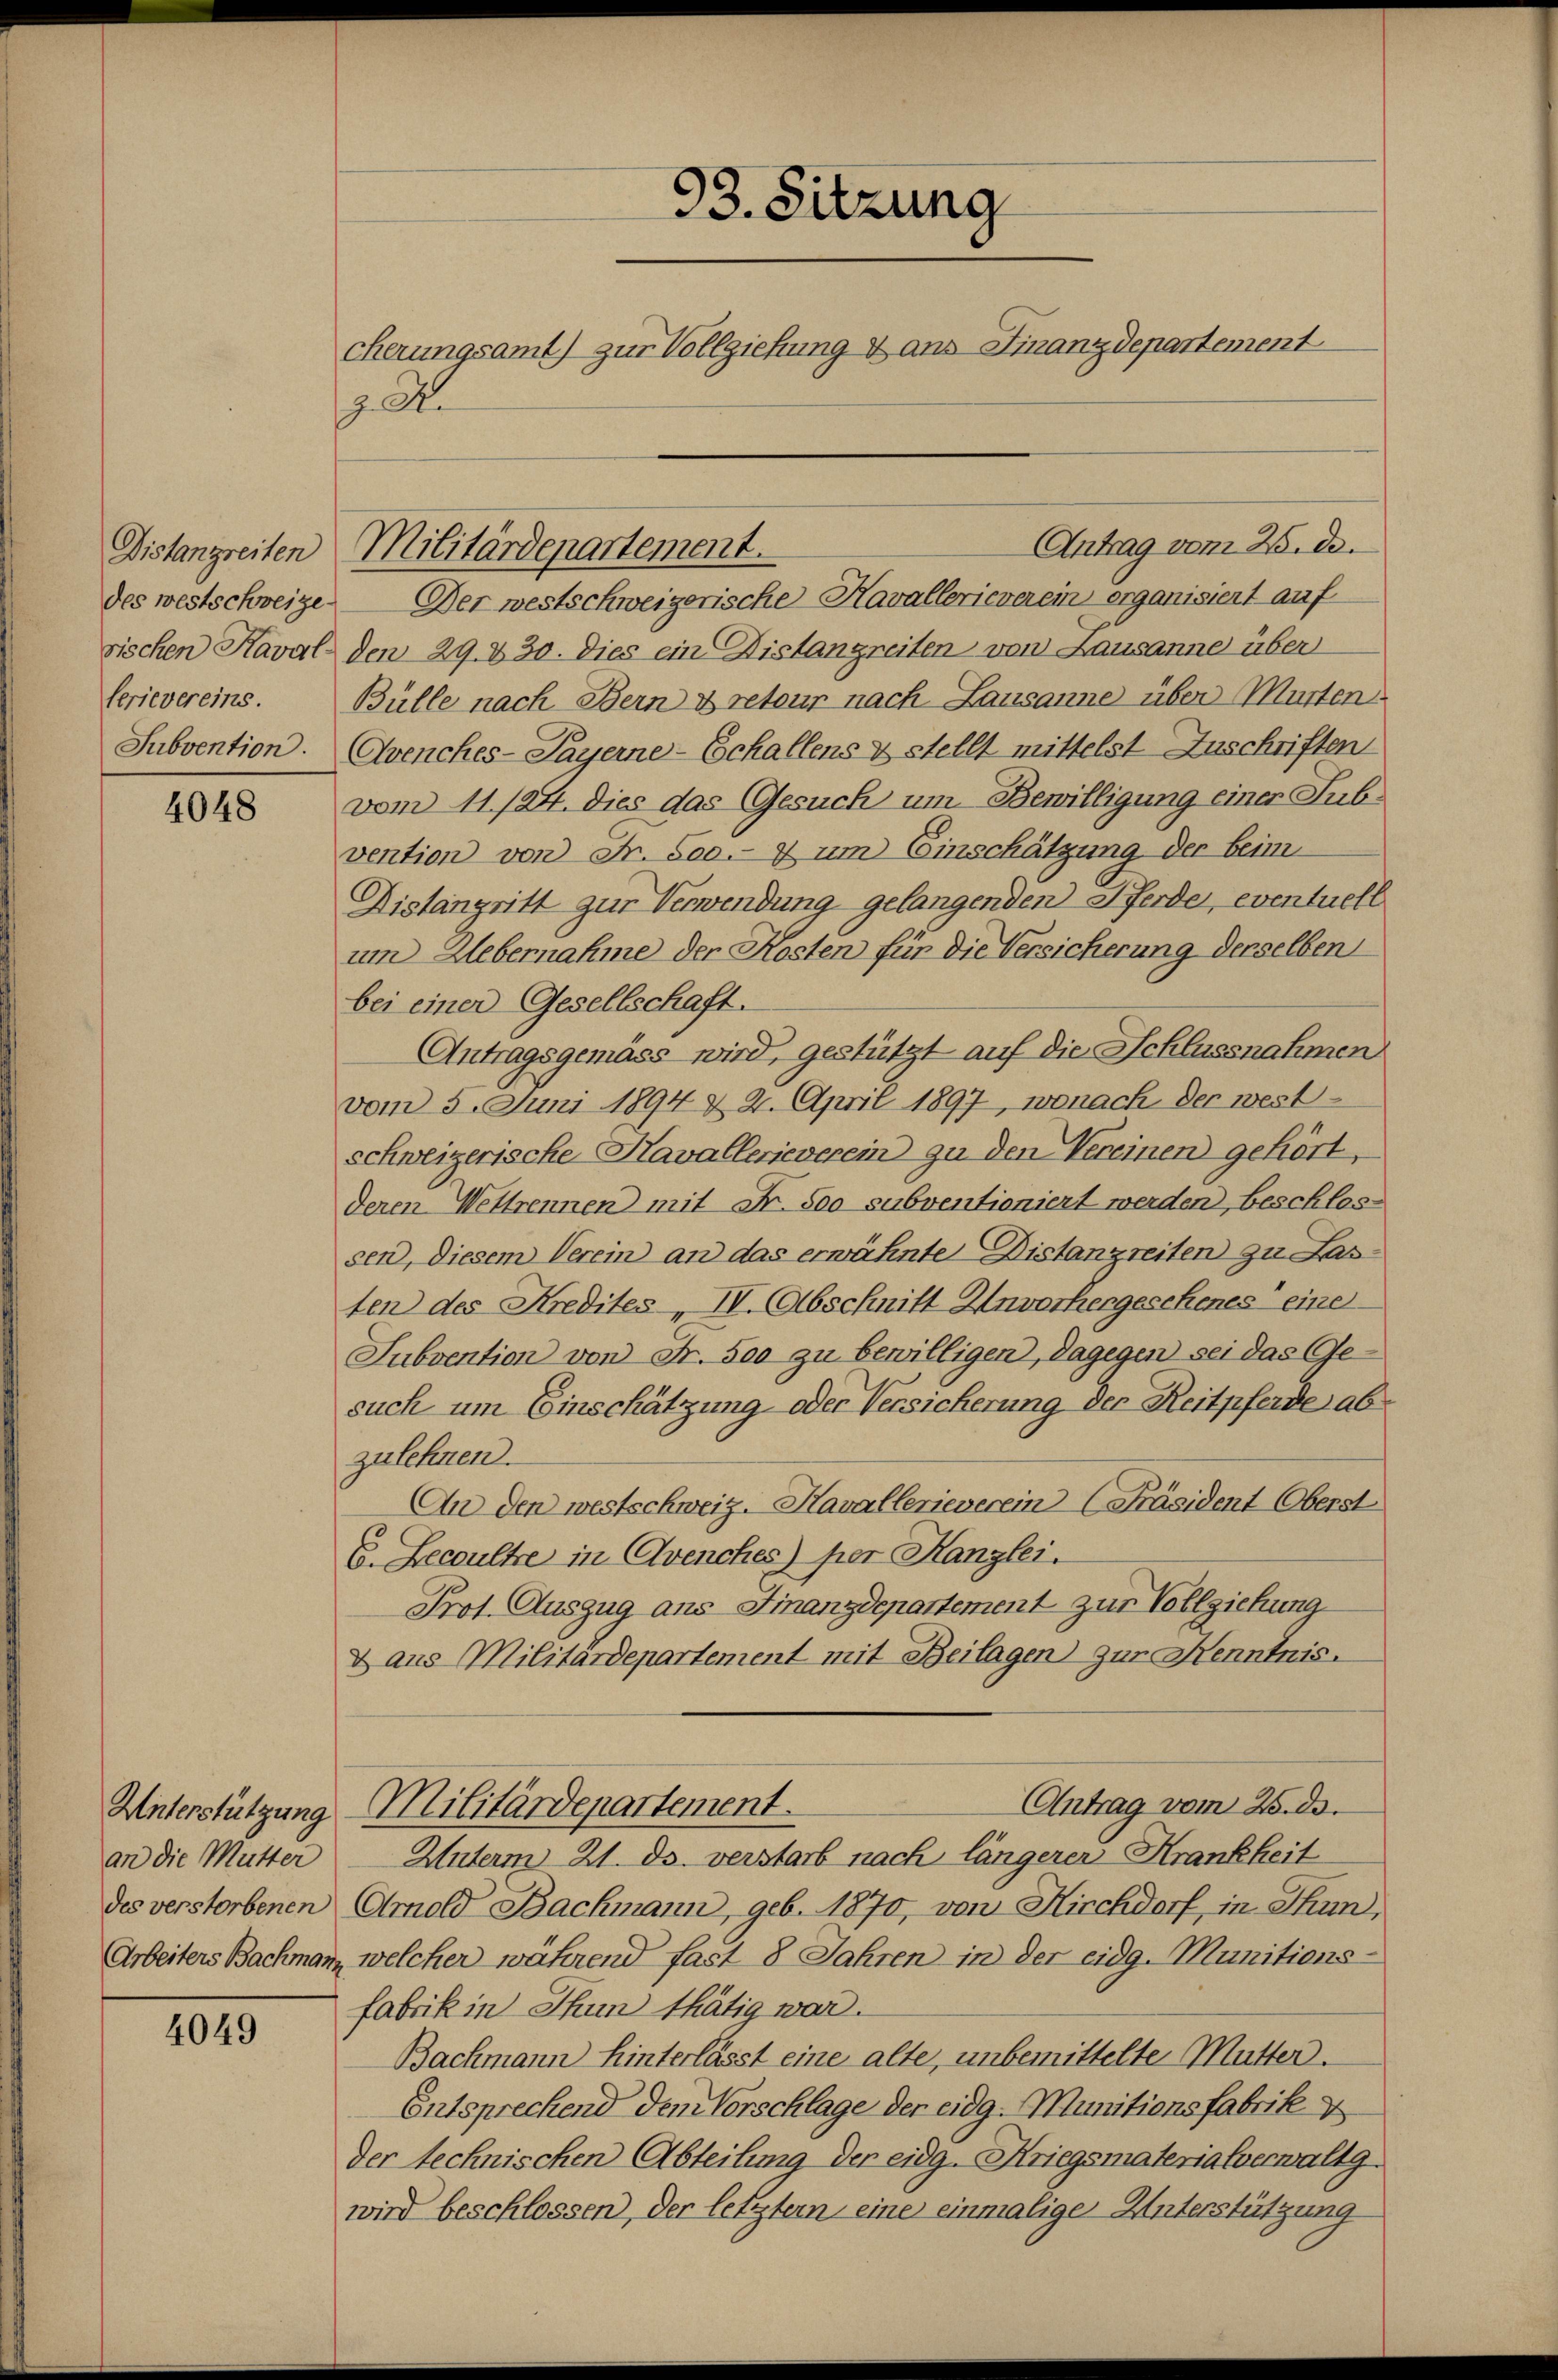
sischen Kaval-
ferievereins.
Subvention.

4048

an die Mutter

4049

93. Sitzung
cherungsamt) zur Vollziehung & aus Finanzdepartement
.

des westschweige. Der westschweizerische Havallerieverein erganisiert auf
den 29. 430. Dies ein Distangreiten von Lausanne über
Bülle nach Bern & retour nach Lausanne über Murten
Avenches-Payerne-Echallens & stellt mittelst Zuschriften
vom 11./24. dies das Gesuch um Bewilligung einer Subvention von Fr. 500.- 7 um Einschätzung der beim
Distangritt zur Verwendung gelangenden Pferde, eventuell
um Uebernahme der Kosten für die Versicherung derselben
bei einer Gesellschaft.
Antragsgemäss wird, gestützt auf die Schlussnahmen
vom 5. Juni 1894 & 2. April 1897, wonach der westschweizerische Kavallerieverein zu den Vereinen gehört,
deren Wettrennen mit Fr. 500 subventioniert werden, beschlossen, diesem Verein an das erwähnte Distanzreiten zu Lasten des Kredites IV. Abschnitt Unvorhergeschenes eine
Subvention von Fr. 500 zu bewilligen, dagegen sei das Gesuch um Einschätzung oder Versicherung der Reitpferde ab
zulehnen.
An den westschweiz. Havallerieverein Präsident Oberst
E. Becaultre in Avenches) per Kanzlei.
Prof. Auszug ans Finanzdepartement zur Vollziehung
& aus Militardepartement mit Beilagen) zur Kenntnis.
Antrag vom 25. ds.
Unterstützung Militärdepartement.
Unterm 21. ds. verstarb nach längerer Krankheit
des verstorbenen Arnold Backmann, geb. 1870, von Kirchdorf, in Thun,
Arbeiters Bachmann, welcher während fast 8 Jahren in der eidg. Munitionsfabrik in Thun thätig war.
Bachmann hinterlässt eine alte, unbemittelte Mutter.
Entsprechend dem Vorschlage der eidg. Munitionsfabrik v
der technischen Abteilung der eidg. Kriegsmaterialverwaltg.
wird beschlossen, der letztern eine einmalige Unterstützung

Distanzreiten Militärdepartement.

Antrag vom 25. de.